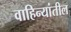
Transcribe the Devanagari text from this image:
वाहिन्यांतील